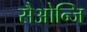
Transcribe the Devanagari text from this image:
सैओन्जि